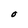
Character: O